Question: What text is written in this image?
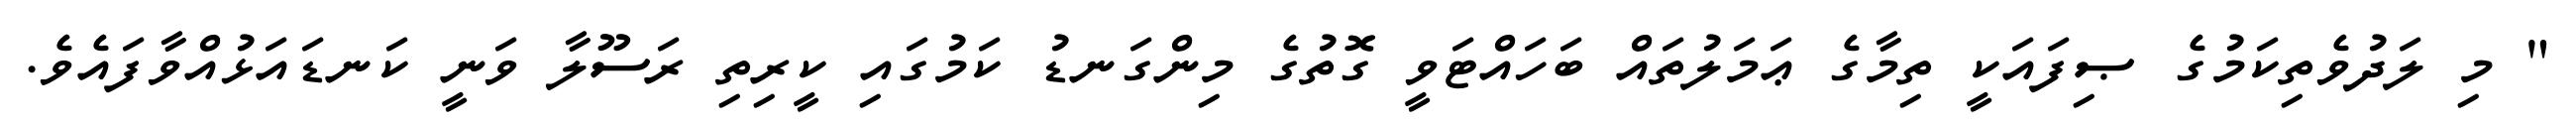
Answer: " މި ލަދުވެތިކަމުގެ ޞިފައަކީ ތިމާގެ ޢަމަލުތައް ބަހައްޓަވީ ގޮތުގެ މިންގަނޑު ކަމުގައި ކީރިތި ރަސޫލާ ވަނީ ކަނޑައަޅުއްވާފައެވެ.